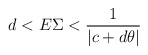
\begin{align*} d < E \Sigma < \frac{1}{|c+d\theta|}\end{align*}